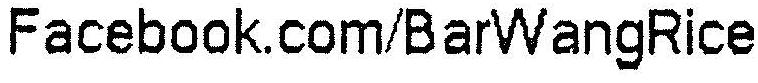
FACEBOOK.COM/BARWANGRICE